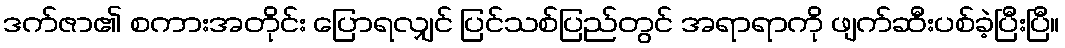
ဒက်ဇာ၏ စကားအတိုင်း ပြောရလျှင် ပြင်သစ်ပြည်တွင် အရာရာကို ဖျက်ဆီးပစ်ခဲ့ပြီးပြီ။